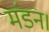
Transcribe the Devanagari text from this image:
मंडन।